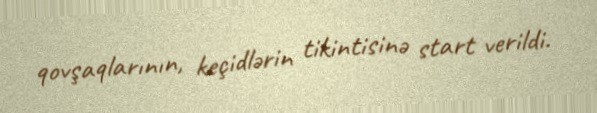
qovşaqlarının, keçidlərin tikintisinə start verildi.